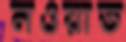
নওয়াত